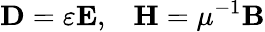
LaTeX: \mathbf{D}=\varepsilon\mathbf{E},\; \; \; \mathbf{H}=\mu^{-1}\mathbf{B}